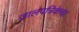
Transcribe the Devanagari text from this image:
जालपत्रिकेचा